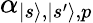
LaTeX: \alpha_{|s\rangle,|s^{\prime}\rangle,p}